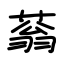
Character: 蓊